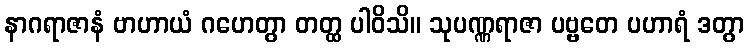
နာဂရာဇာနံ ဗာဟာယံ ဂဟေတွာ တတ္ထ ပါဝိသိ။ သုပဏ္ဏရာဇာ ပဗ္ဗတေ ပဟာရံ ဒတွာ